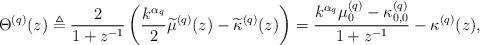
\begin{align*} \Theta^{(q)}(z) \triangleq \frac{2}{1+z^{-1}} \left( \frac{k^{\alpha_q}}{2}\widetilde{\mu}^{(q)}(z) - \widetilde{ \kappa}^{(q)}(z) \right) = \frac{ k^{\alpha_q}\mu_0^{(q)}- \kappa_{0,0}^{(q)}}{1+z^{-1} } - \kappa^{(q)}(z), \end{align*}